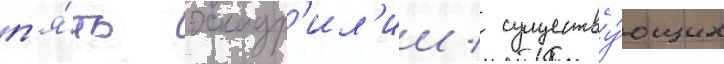
п'я́ть эскадр'ил'ии / существу́ющих